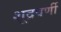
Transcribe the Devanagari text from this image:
शूद्रवर्णी